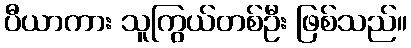
ပီယာကား သူကြွယ်တစ်ဦး ဖြစ်သည်။